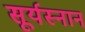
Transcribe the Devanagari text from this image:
सूर्यस्नान